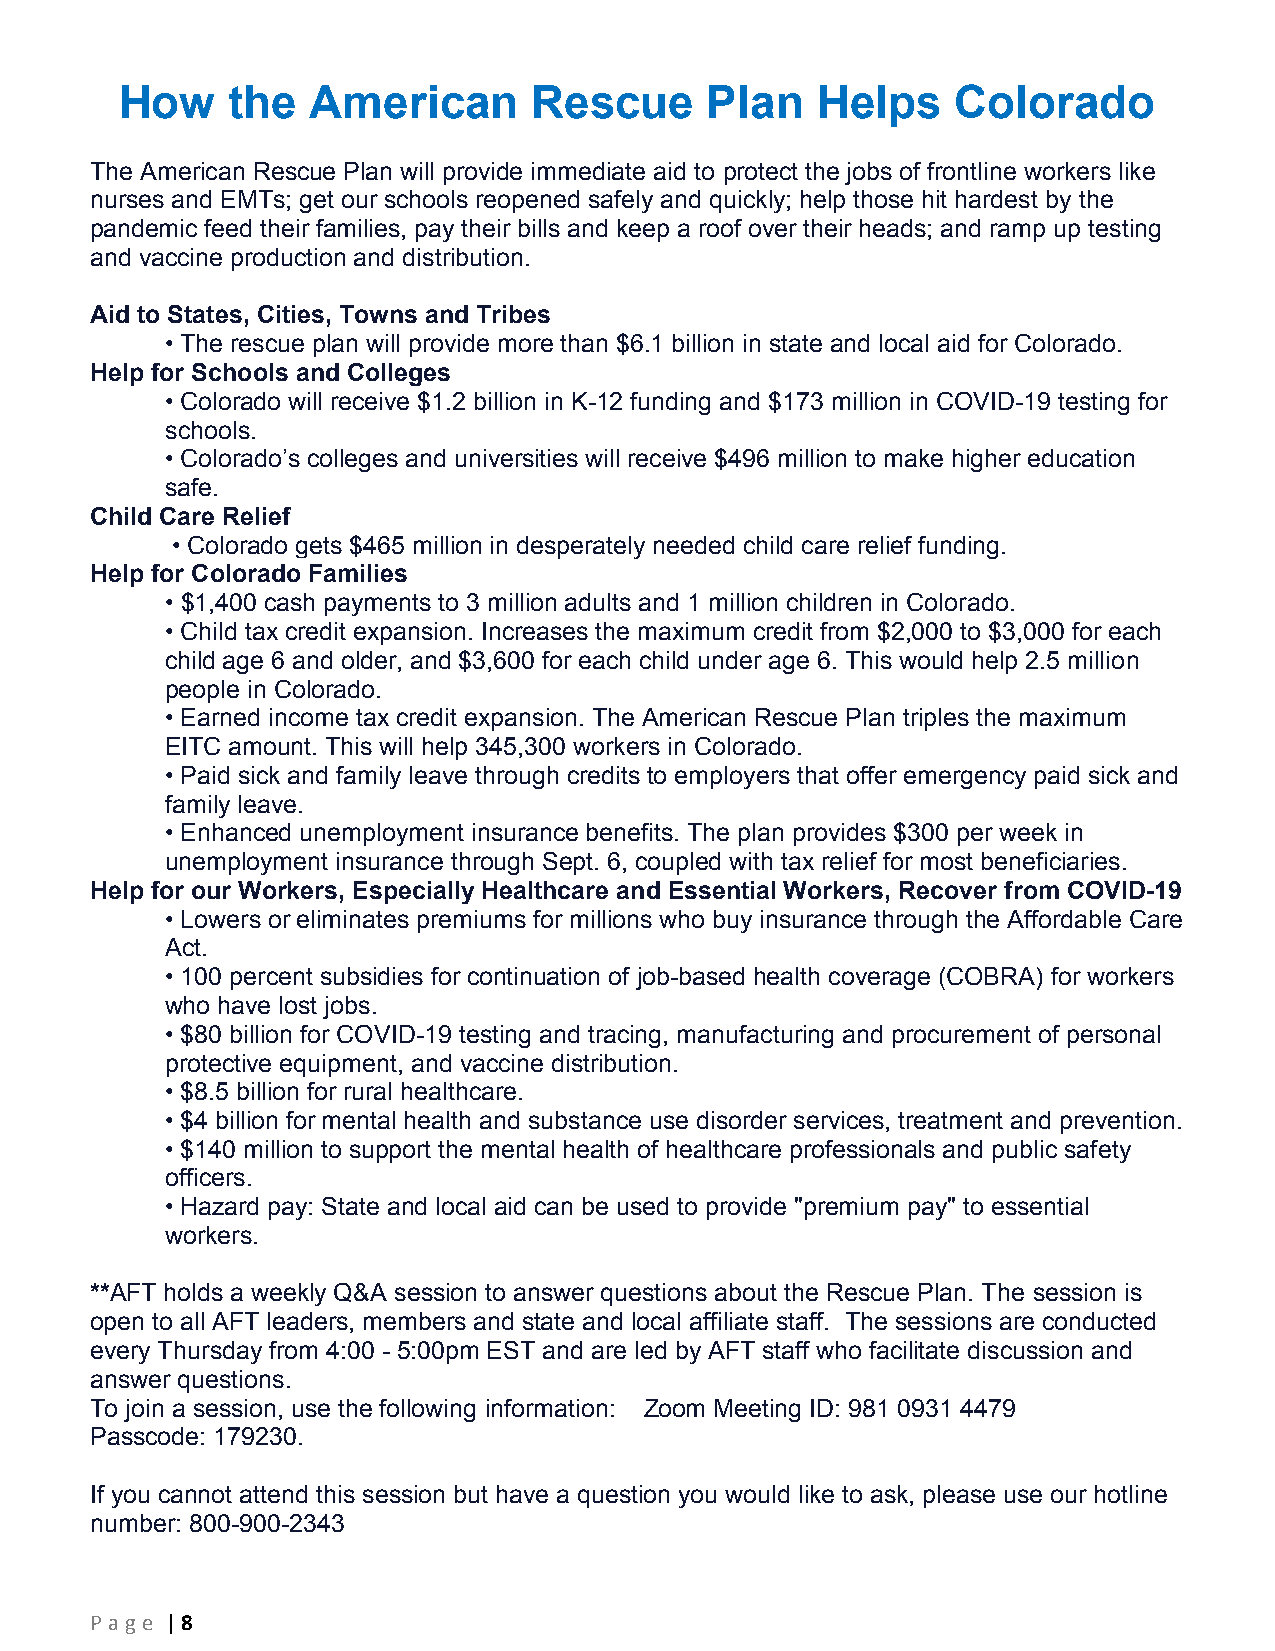
How    the   American      Rescue      Plan   Helps    Colorado
 The American Rescue Plan will provide immediate aid to protect the jobs of frontline workers like
 nurses and EMTs; get our schools reopened safely and quickly; help those hit hardest by the
 pandemic feed their families, pay their bills and keep a roof over their heads; and ramp up testing
 and vaccine production and distribution.
 Aid to States, Cities, Towns and Tribes
 • The rescue plan will provide more than $6.1 billion in state and local aid for Colorado.
 Help for Schools and Colleges
 • Colorado will receive $1.2 billion in K-12 funding and $173 million in COVID-19 testing for
 schools.
 • Colorado’s colleges and universities will receive $496 million to make higher education
 safe.
 Child Care Relief
 • Colorado gets $465 million in desperately needed child care relief funding.
 Help for Colorado Families
 • $1,400 cash payments to 3 million adults and 1 million children in Colorado.
 • Child tax credit expansion. Increases the maximum credit from $2,000 to $3,000 for each
 child age 6 and older, and $3,600 for each child under age 6. This would help 2.5 million
 people in Colorado.
 • Earned income tax credit expansion. The American Rescue Plan triples the maximum
 EITC amount. This will help 345,300 workers in Colorado.
 • Paid sick and family leave through credits to employers that offer emergency paid sick and
 family leave.
 • Enhanced unemployment insurance benefits. The plan provides $300 per week in
 unemployment insurance through Sept. 6, coupled with tax relief for most beneficiaries.
 Help for our Workers, Especially Healthcare and Essential Workers, Recover from COVID-19
 • Lowers or eliminates premiums for millions who buy insurance through the Affordable Care
 Act.
 • 100 percent subsidies for continuation of job-based health coverage (COBRA) for workers
 who have lost jobs.
 • $80 billion for COVID-19 testing and tracing, manufacturing and procurement of personal
 protective equipment, and vaccine distribution.
 • $8.5 billion for rural healthcare.
 • $4 billion for mental health and substance use disorder services, treatment and prevention.
 • $140 million to support the mental health of healthcare professionals and public safety
 officers.
 • Hazard pay: State and local aid can be used to provide "premium pay" to essential
 workers.
 **AFT holds a weekly Q&A session to answer questions about the Rescue Plan. The session is
 open to all AFT leaders, members and state and local affiliate staff. The sessions are conducted
 every Thursday from 4:00 - 5:00pm EST and are led by AFT staff who facilitate discussion and
 answer questions.
 To join a session, use the following information: Zoom Meeting ID: 981 0931 4479
 Passcode: 179230.
 If you cannot attend this session but have a question you would like to ask, please use our hotline
 number: 800-900-2343
 P age | 8